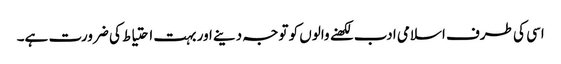
اسی کی طرف اسلامی ادب لکھنے والوں کو توجہ دینے اور بہت احتیاط کی ضرورت ہے۔